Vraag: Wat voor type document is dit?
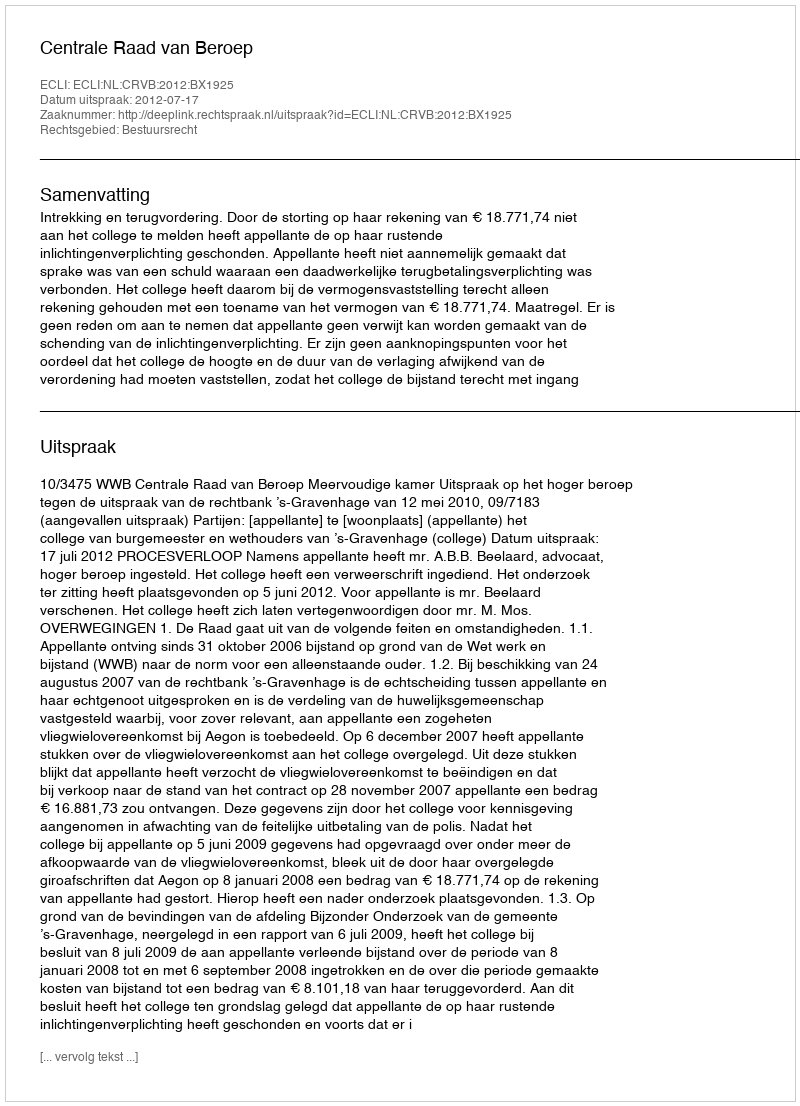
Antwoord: Uitspraak